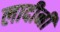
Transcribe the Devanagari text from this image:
लादीनी